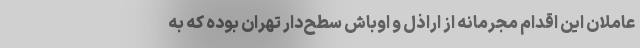
عاملان این اقدام مجرمانه از اراذل و اوباش سطح‌دار تهران بوده که به